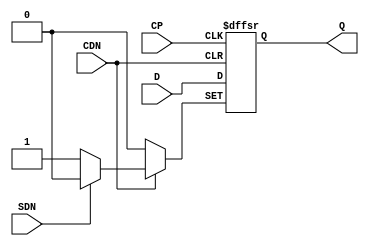
// SPDX-License-Identifier: Apache-2.0
// Copyright (C) 2019 Intel Corporation. All rights reserved
module aibcr3_ff_rp ( 
	input wire CP,
	input wire CDN,
	input wire SDN,
	input wire D,
	output reg Q
);

always@(posedge CP or negedge CDN or negedge SDN) begin
	if (!CDN) begin
		Q <= 1'b0;
	end
	else if (!SDN) begin
		Q <= 1'b1;
	end
	else begin
		Q <= D;
	end
end
endmodule